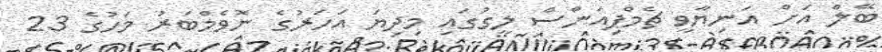
ބޭލް އަށް އަނިޔާވީ ޗެމްޕިއަންސް ލީގުގައި މިދިޔަ އަހަރުގެ ނޮވެމްބަރު މަހުގެ 23